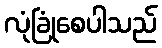
လုံခြုံစေပါသည်